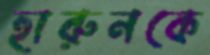
হারুনকে